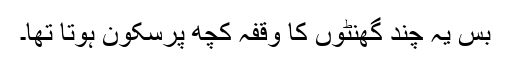
بس یہ چند گھنٹوں کا وقفہ کچھ پرسکون ہوتا تھا۔